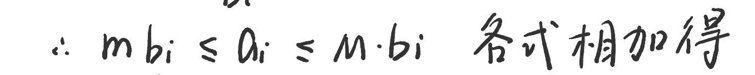
$\because m\cdot b_i \leq a_i \leq M\cdot b_i$ 各式相加得